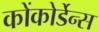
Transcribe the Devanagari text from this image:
कोंकोर्डेन्स